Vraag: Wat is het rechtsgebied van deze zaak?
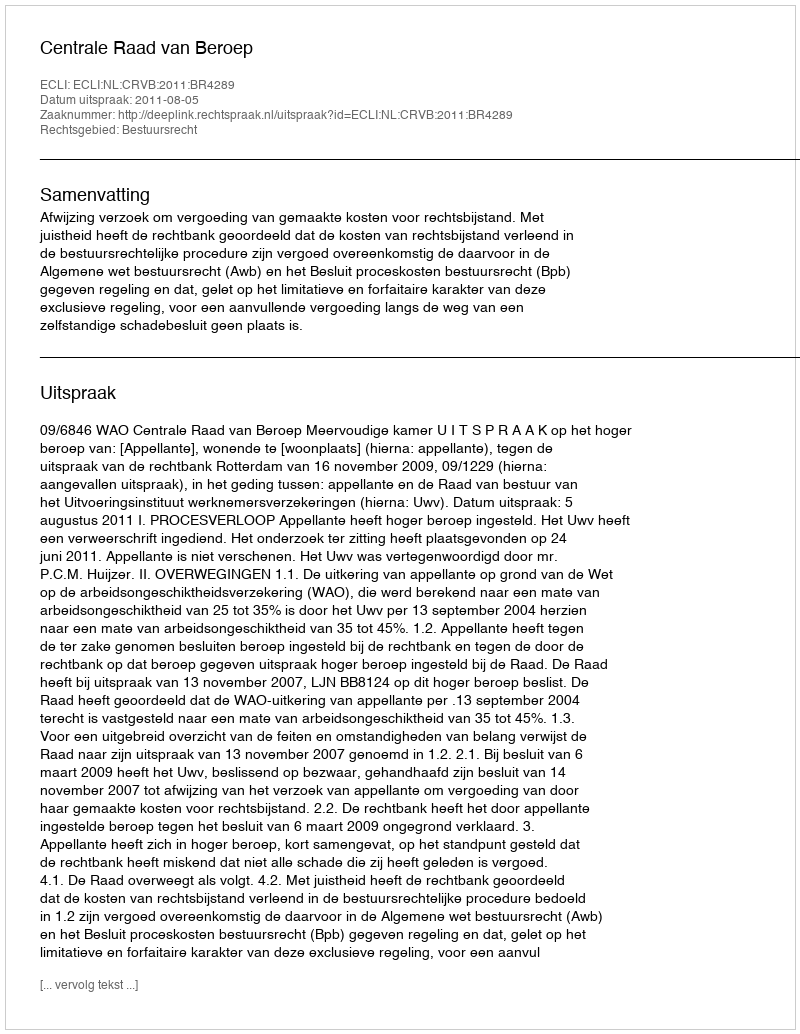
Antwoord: Bestuursrecht